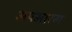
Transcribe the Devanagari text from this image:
अपमारग